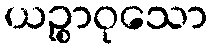
ယဉ္စာဝုသော